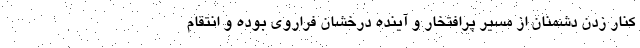
کنار زدن دشمنان از مسیر پرافتخار و آینده درخشان فراروی بوده و انتقام